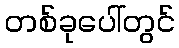
တစ်ခုပေါ်တွင်